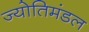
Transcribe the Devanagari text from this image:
ज्योतिमंडल